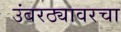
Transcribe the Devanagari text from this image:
उंबरठ्यावरचा